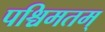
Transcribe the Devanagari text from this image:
पश्चिमतम्